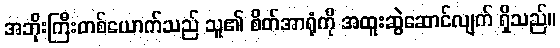
အဘိုးကြီးတစ်ယောက်သည် သူ၏ စိတ်အာရုံကို အထူးဆွဲဆောင်လျက် ရှိသည်။